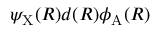
\psi _ { \mathrm { X } } ( R ) d ( R ) \phi _ { \mathrm { A } } ( R )